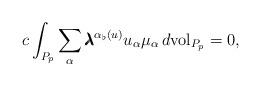
LaTeX: \begin{align*}c\int_{P_p}\sum_{\alpha}\pmb{\lambda}^{\alpha_{\flat}(u)}u_{\alpha}\mu_{\alpha}\,d{\rm vol}_{P_p}=0,\end{align*}